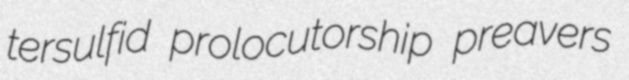
tersulfid prolocutorship preavers